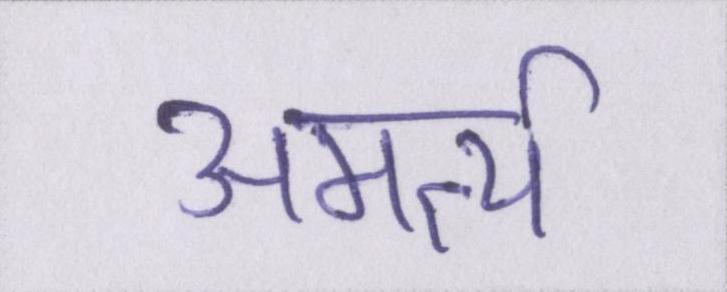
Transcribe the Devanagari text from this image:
अमर्त्य